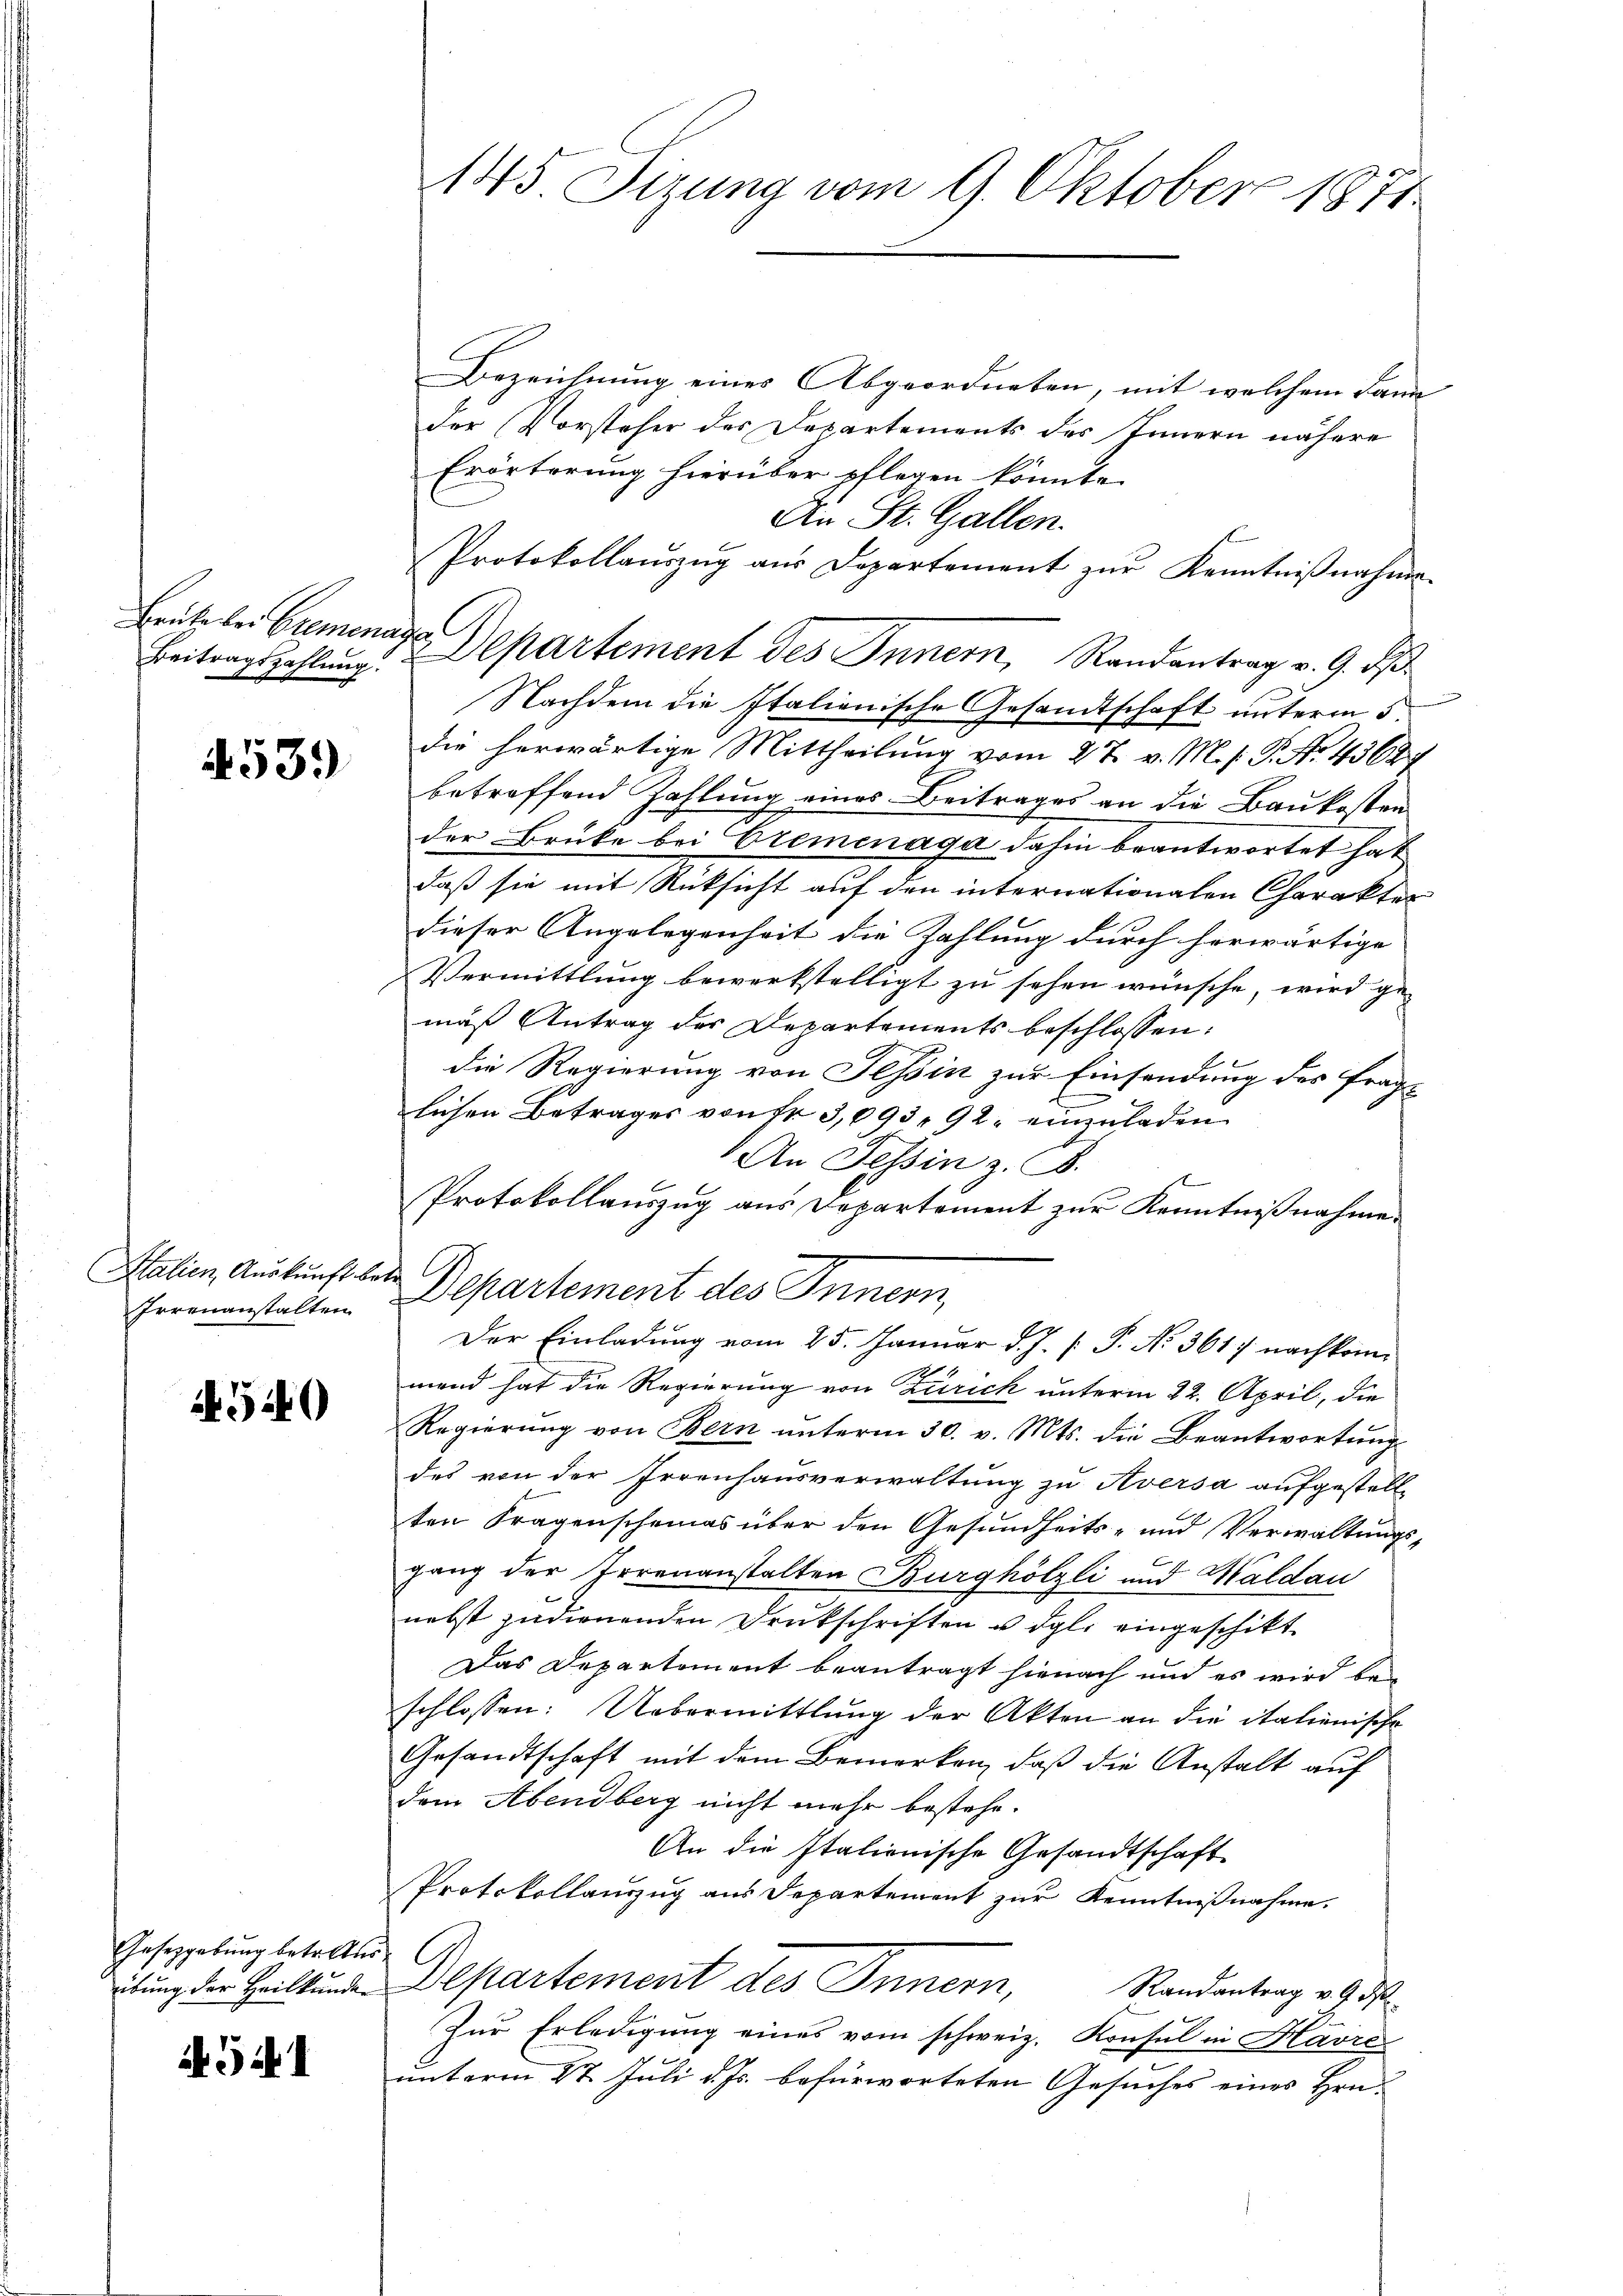
Beitragszahlung.

4539

Italien, Auskunft betr.

540

Gesetzgebung betreten.

541

Bezeichnung eines Abgeordneten, mit welchem dann
der Vorsteher des Departements des Innern nähere
Erörterung hierüber pflegen könnte.
An St. Gallen.
Protokollaŭszŭg aŭs Departement zŭr Kenntniβnahme.
Brüte bei Gremenade Departement des Innern, Randantrag v. 9. ds.
Nachdem die Italienische Gesandtschaft unterm 5.
die herwärtige Mittheilung vom 27. v. M. s. S. No. 43627
betreffend Zahlung eines Beitrages an die Baukosten
der Brüke bei Cremenaga dahin beantwortet hat
daß sie mit Rücksicht auf den internationalen Charakter
dieser Angelegenheit die Zahlung durch herwärtige
Vermittlung bewerkstelligt zu sehen wünsche, wird ge-
mäß Antrag der Departements beschlossen:
E
die Regierung von Tessin zur Einsendung des frage
lichen Betrages von Fr. 3,093. 92. einzuladen
An Tessin z. B.
Protokollauszug aus Departement zur Kenntnißnahme.
Frrenanstalten Departement des Innern,
Der Einladung vom 25. Januar d. J. P. N. 361 nachkommand hat die Regierung von Zürich unterm 22. April, die
Regierŭng von Bern ŭnterm 30. v. Mts. die Beantwortŭng
des von der Irrenhausverwaltung zu Aversa aufgestellten Fragenscheines über den Gesundheits- und Verwaltungst
gang der Irrenanstalten Burghölzli und Waldau
nebst zudienenden Druckschriften u. dgl. eingeschikt.
Das Departement beantragt hienach und es wird be-
schlossen: Uebermittlung der Akten an die italienische
Gesandtschaft mit dem Bemerken, daß die Anstalt auf
dem Abendberg nicht mehr bestehe.
An die Italienische Gesandtschaft
Protokollauszug aus Departement zur Kenntnißnahme.
itung der Heilkunde Departement des Innern,
Randantrag v. 9. d
Zur Erledigung eines vom schweiz. Konsul in Havreunterm 27. Juli d. Js. befürworteten Gesuches eines Hrn.

145 Sizung vom 9. Oktober 1871.